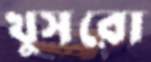
খুসরো